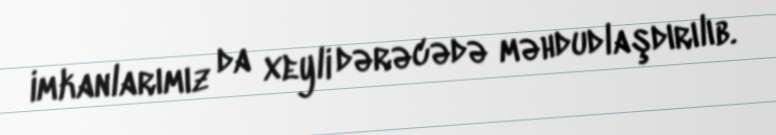
imkanlarımız da xeyli dərəcədə məhdudlaşdırılıb.